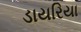
ડાયરિયા